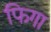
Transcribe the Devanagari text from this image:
फिगा